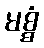
မစ္စံ